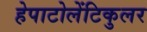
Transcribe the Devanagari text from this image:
हेपाटोलेंटिकुलर